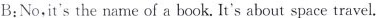
B:Noit's the name of a book. It's about space travel.